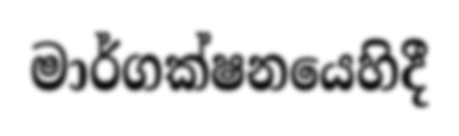
මාර්ගක්ෂනයෙහිදී